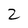
Character: 2